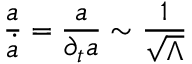
{ \frac { a } { \dot { a } } } = { \frac { a } { \partial _ { t } a } } \sim { \frac { 1 } { \sqrt { \Lambda } } }